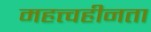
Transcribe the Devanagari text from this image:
महत्त्वहीनता